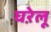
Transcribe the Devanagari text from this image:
घऱेलू